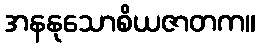
အနနုသောစိယဇာတက။